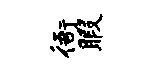
衙暇